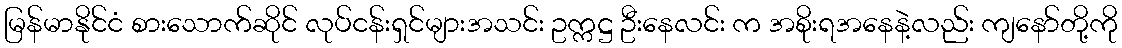
မြန်မာနိုင်ငံ စားသောက်ဆိုင် လုပ်ငန်းရှင်များအသင်း ဥက္ကဋ္ဌ ဦးနေလင်း က အစိုးရအနေနဲ့လည်း ကျနော်တို့ကို